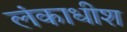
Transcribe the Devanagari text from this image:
लंकाधीश